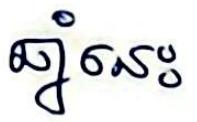
ឆ្នាំនេះ